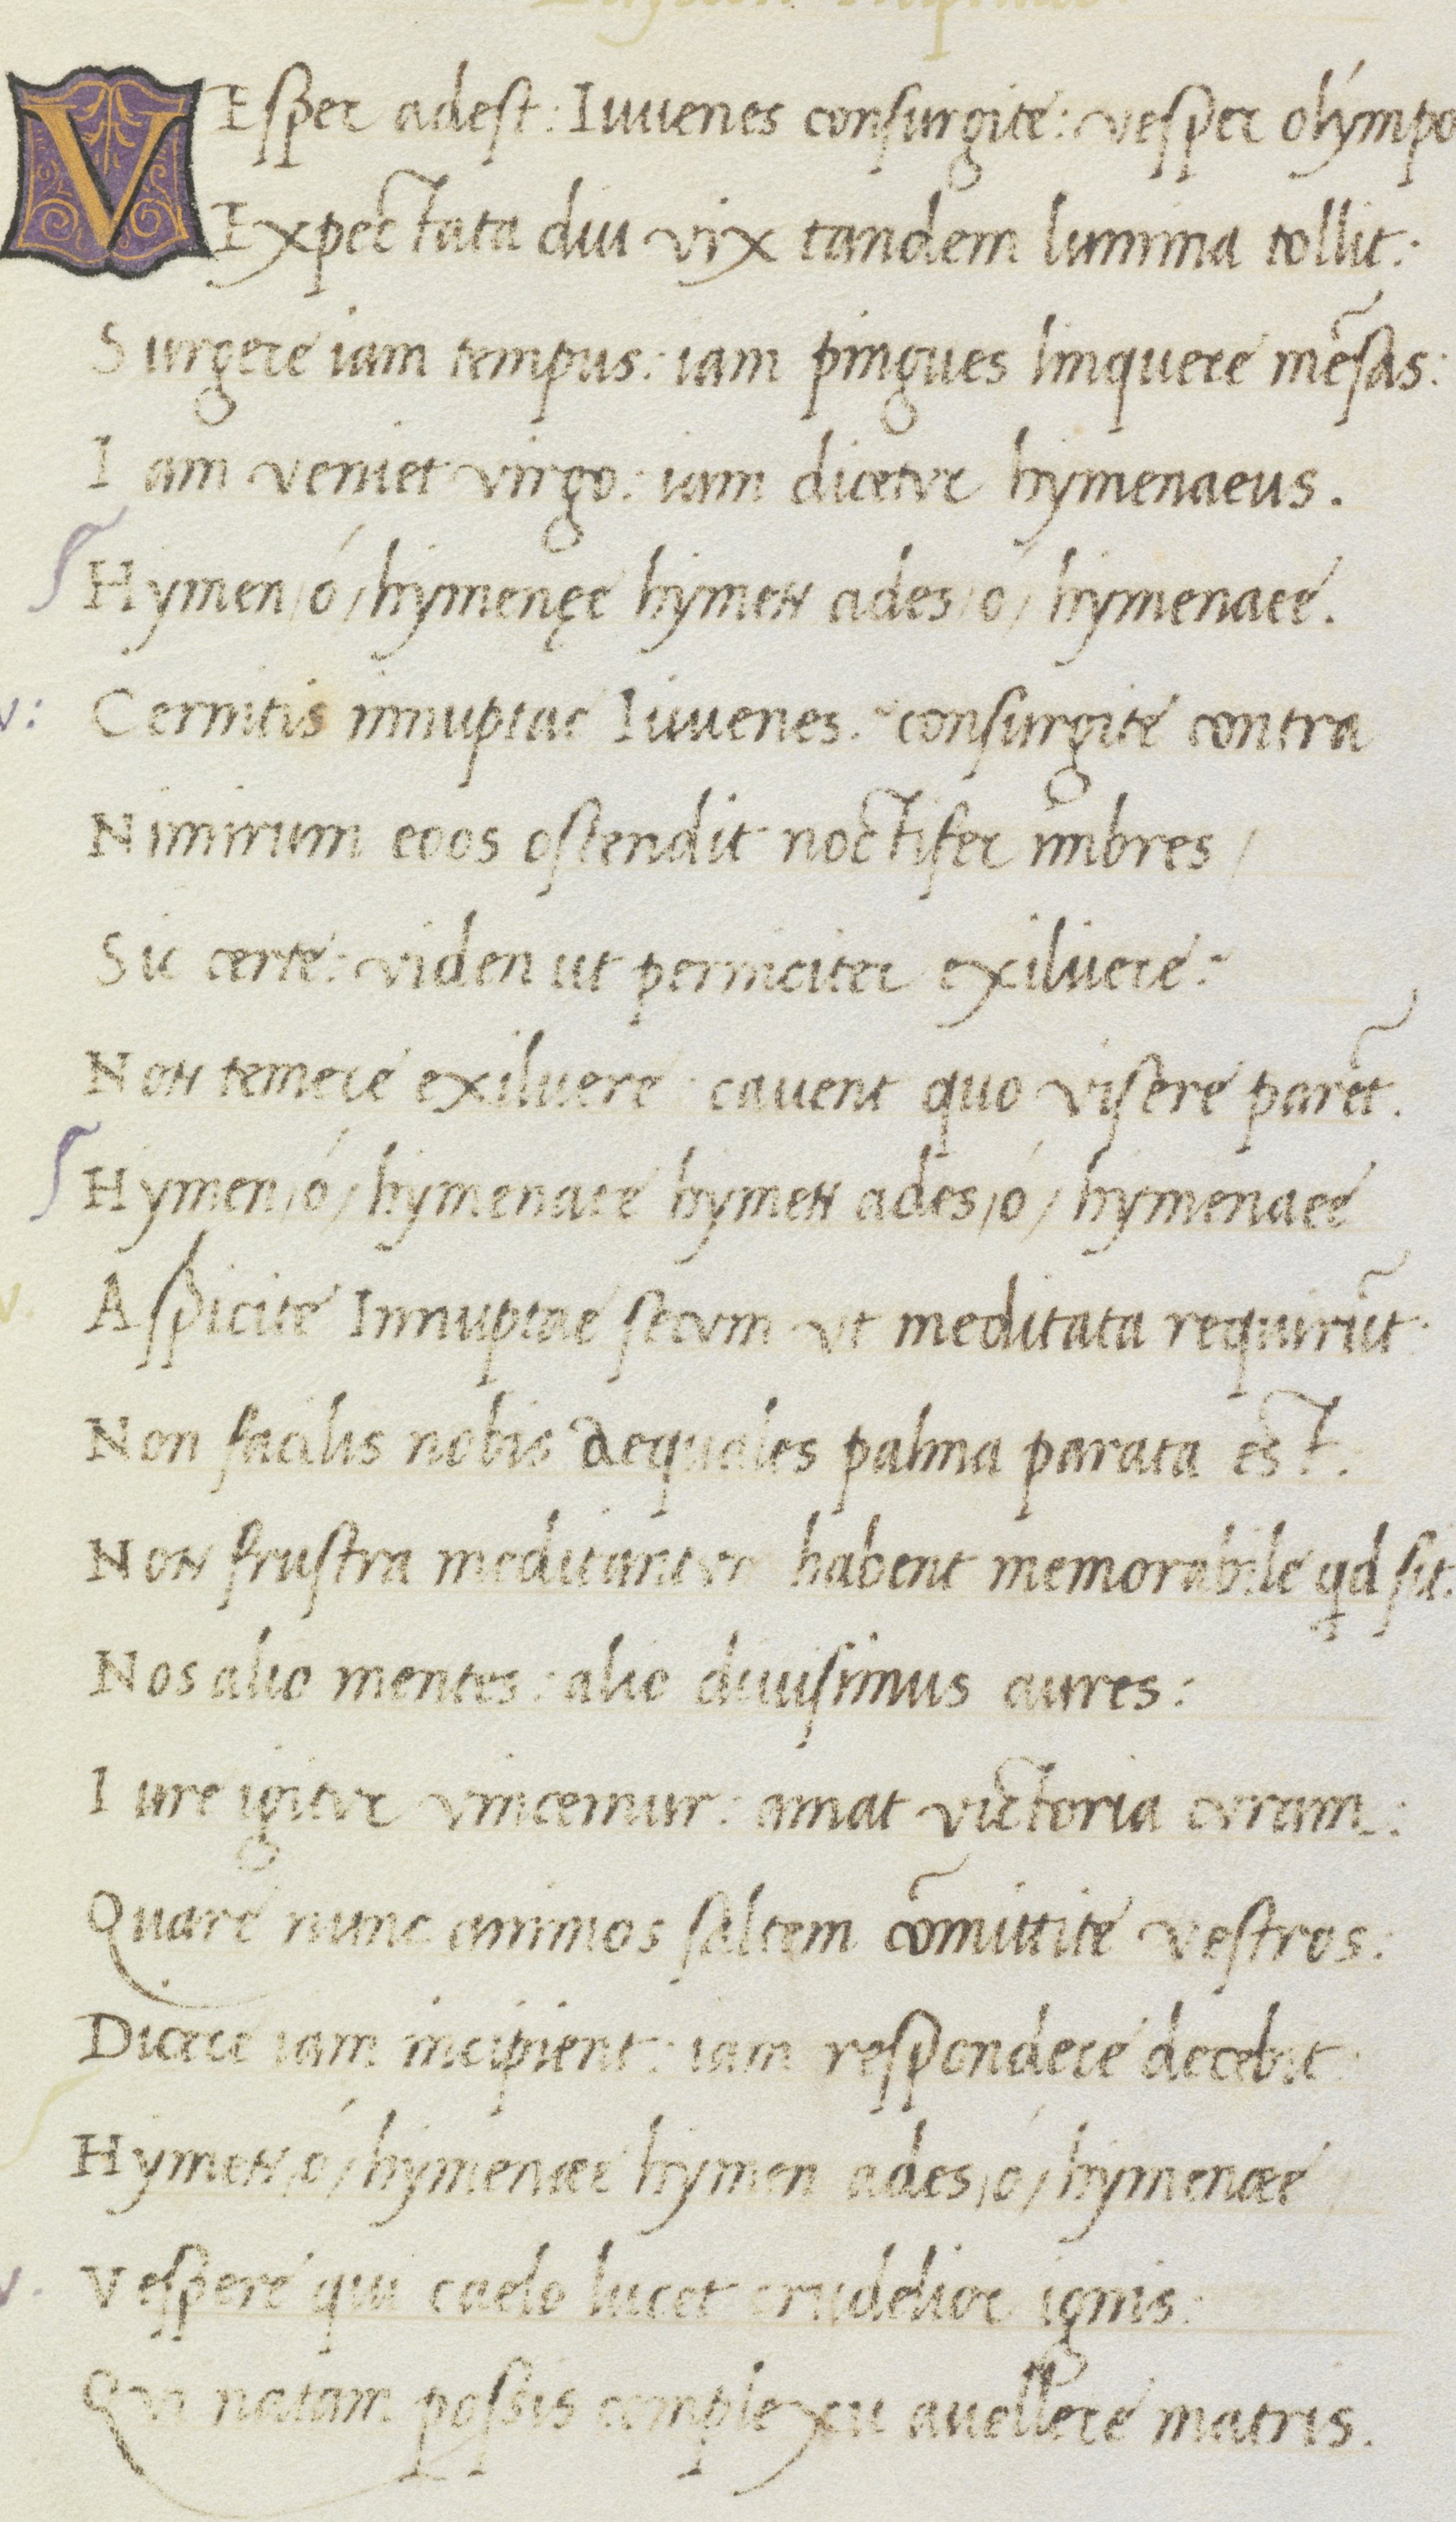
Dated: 1470–1499